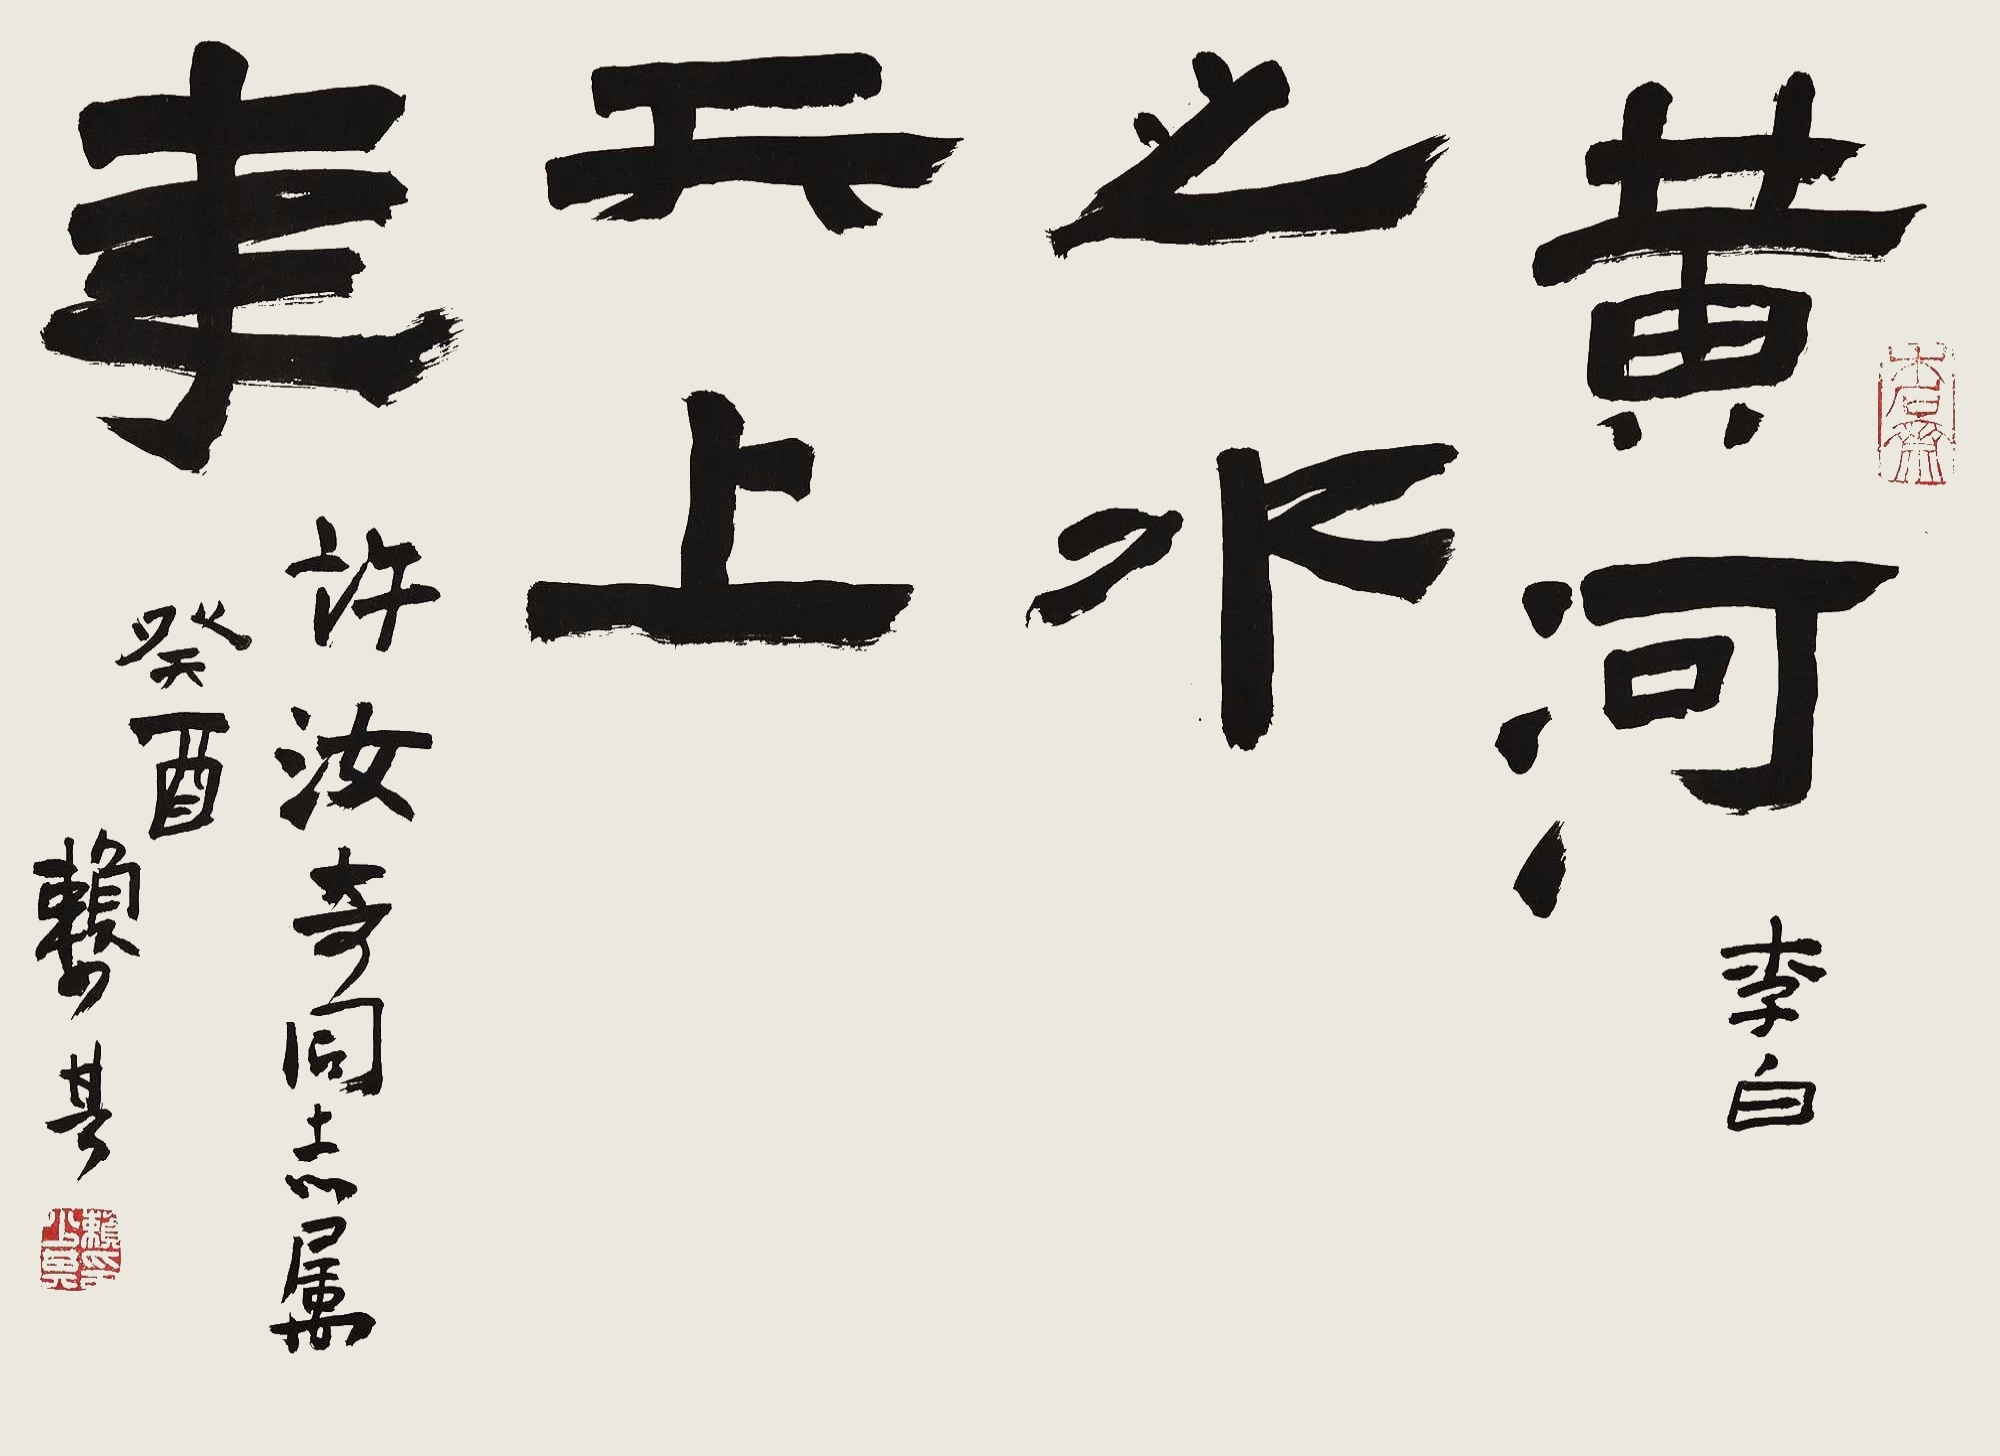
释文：黄河之水天上来。许汝奇同志属。癸酉，赖少其。